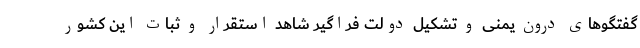
گفتگوهای درون یمنی و تشکیل دولت فراگیر شاهد استقرار و ثبات این کشور